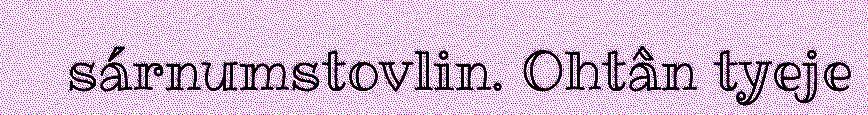
sárnumstovlin. Ohtân tyeje